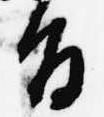
旨